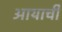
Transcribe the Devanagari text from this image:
आयाची